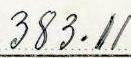
383.11